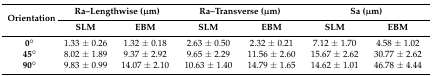
| <ROWSPAN=2> Orientation | <COLSPAN=2> Ra–Lengthwise (μm) | <COLSPAN=2> Ra–Transverse (μm) | <COLSPAN=2> Sa (μm) |
 | SLM | EBM | SLM | EBM | SLM | EBM |
 | --- | --- | --- | --- | --- | --- | --- |
 | 0° | 1.33 ± 0.26 | 1.32 ± 0.18 | 2.63 ± 0.50 | 2.32 ± 0.21 | 7.12 ± 1.70 | 4.58 ± 1.02 |
 | 45° | 8.02 ± 1.89 | 9.37 ± 2.92 | 9.65 ± 2.29 | 11.56 ± 2.60 | 15.67 ± 2.62 | 30.77 ± 2.62 |
 | 90° | 9.83 ± 0.99 | 14.07 ± 2.10 | 10.63 ± 1.40 | 14.79 ± 1.65 | 14.62 ± 1.01 | 46.78 ± 4.44 |